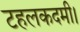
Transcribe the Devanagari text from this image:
टहलकदमी।